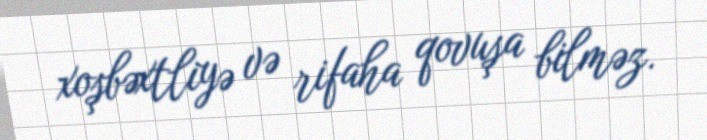
xoşbəxtliyə və rifaha qovuşa bilməz.